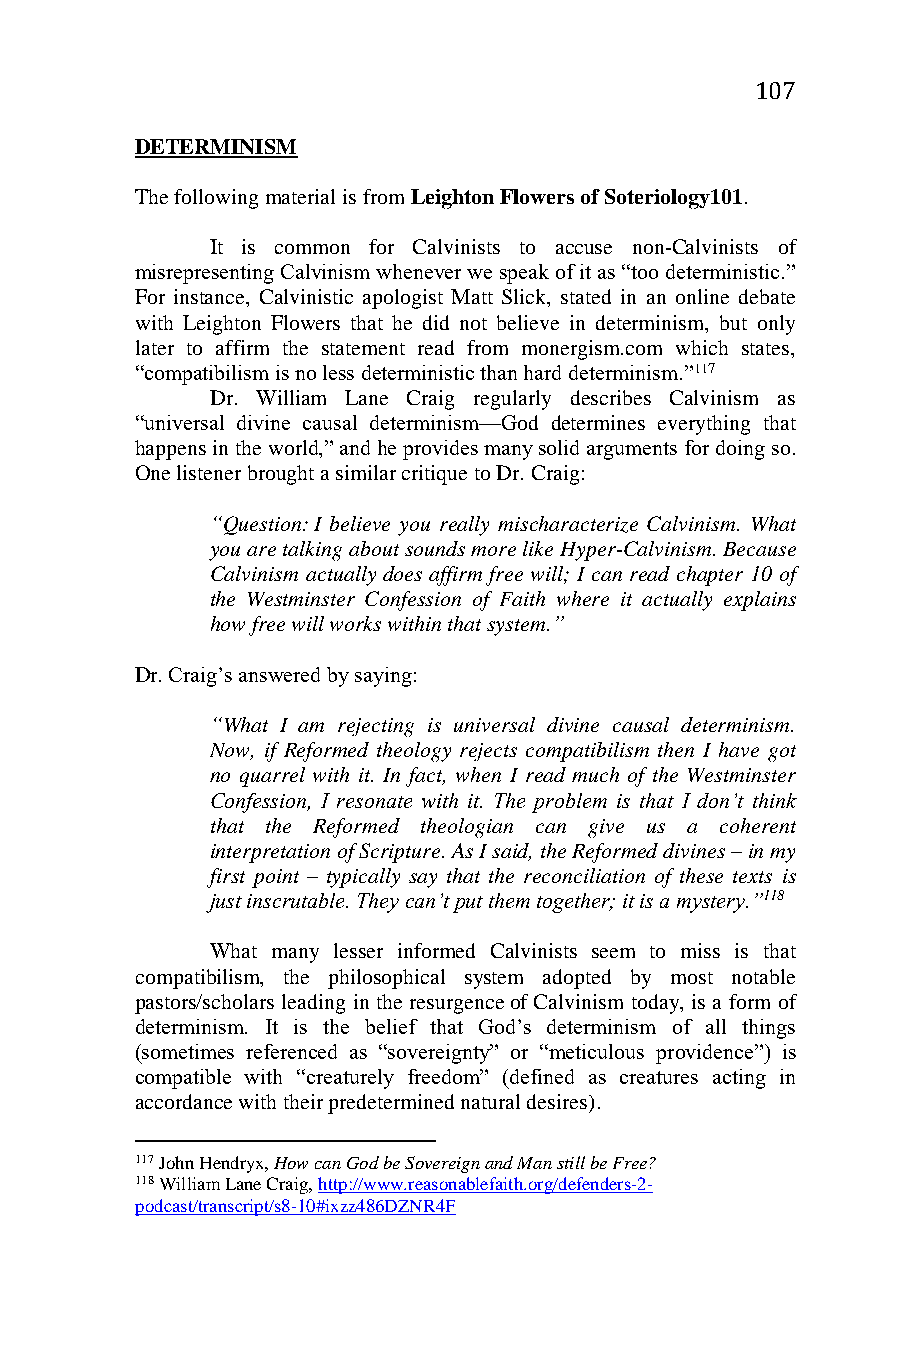
107
 DETERMINISM
 The following material is from Leighton Flowers of Soteriology101.
 It is common for Calvinists to accuse non-Calvinists of
 misrepresenting Calvinism whenever we speak of it as “too deterministic.”
 For instance, Calvinistic apologist Matt Slick, stated in an online debate
 with Leighton Flowers that he did not believe in determinism, but only
 later to affirm the statement read from monergism.com which states,
 “compatibilism is no less deterministic than hard determinism.”117
 Dr. William Lane Craig regularly describes Calvinism as
 “universal divine causal determinism—God determines everything that
 happens in the world,” and he provides many solid arguments for doing so.
 One listener brought a similar critique to Dr. Craig:
 “Question: I believe you really mischaracterize Calvinism. What
 you are talking about sounds more like Hyper-Calvinism. Because
 Calvinism actually does affirm free will; I can read chapter 10 of
 the Westminster Confession of Faith where it actually explains
 how free will works within that system.”
 Dr. Craig’s answered by saying:
 “What I am rejecting is universal divine causal determinism.
 Now, if Reformed theology rejects compatibilism then I have got
 no quarrel with it. In fact, when I read much of the Westminster
 Confession, I resonate with it. The problem is that I don’t think
 that the Reformed theologian can give us a coherent
 interpretation of Scripture. As I said, the Reformed divines – in my
 first point – typically say that the reconciliation of these texts is
 just inscrutable. They can’t put them together; it is a mystery.”118
 What many lesser informed Calvinists seem to miss is that
 compatibilism, the philosophical system adopted by most notable
 pastors/scholars leading in the resurgence of Calvinism today, is a form of
 determinism. It is the belief that God’s determinism of all things
 (sometimes referenced as “sovereignty” or “meticulous providence”) is
 compatible with “creaturely freedom” (defined as creatures acting in
 accordance with their predetermined natural desires).
 117 John Hendryx, How can God be Sovereign and Man still be Free?
 118 William Lane Craig, http://www.reasonablefaith.org/defenders-2-
 podcast/transcript/s8-10#ixzz486DZNR4F